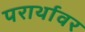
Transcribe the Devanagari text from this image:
परार्थावर